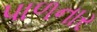
પાળનાર